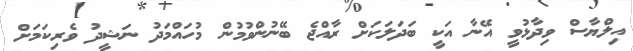
އިލްޔާސް ވިދާޅުވީ އޭނާ އަކީ ބަދަލަކަށް ރާއްޖެ ބޭނުންވުމުން މުހައްމަދު ނަޝީދު ވެރިކަމަށް